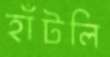
হাঁটলি